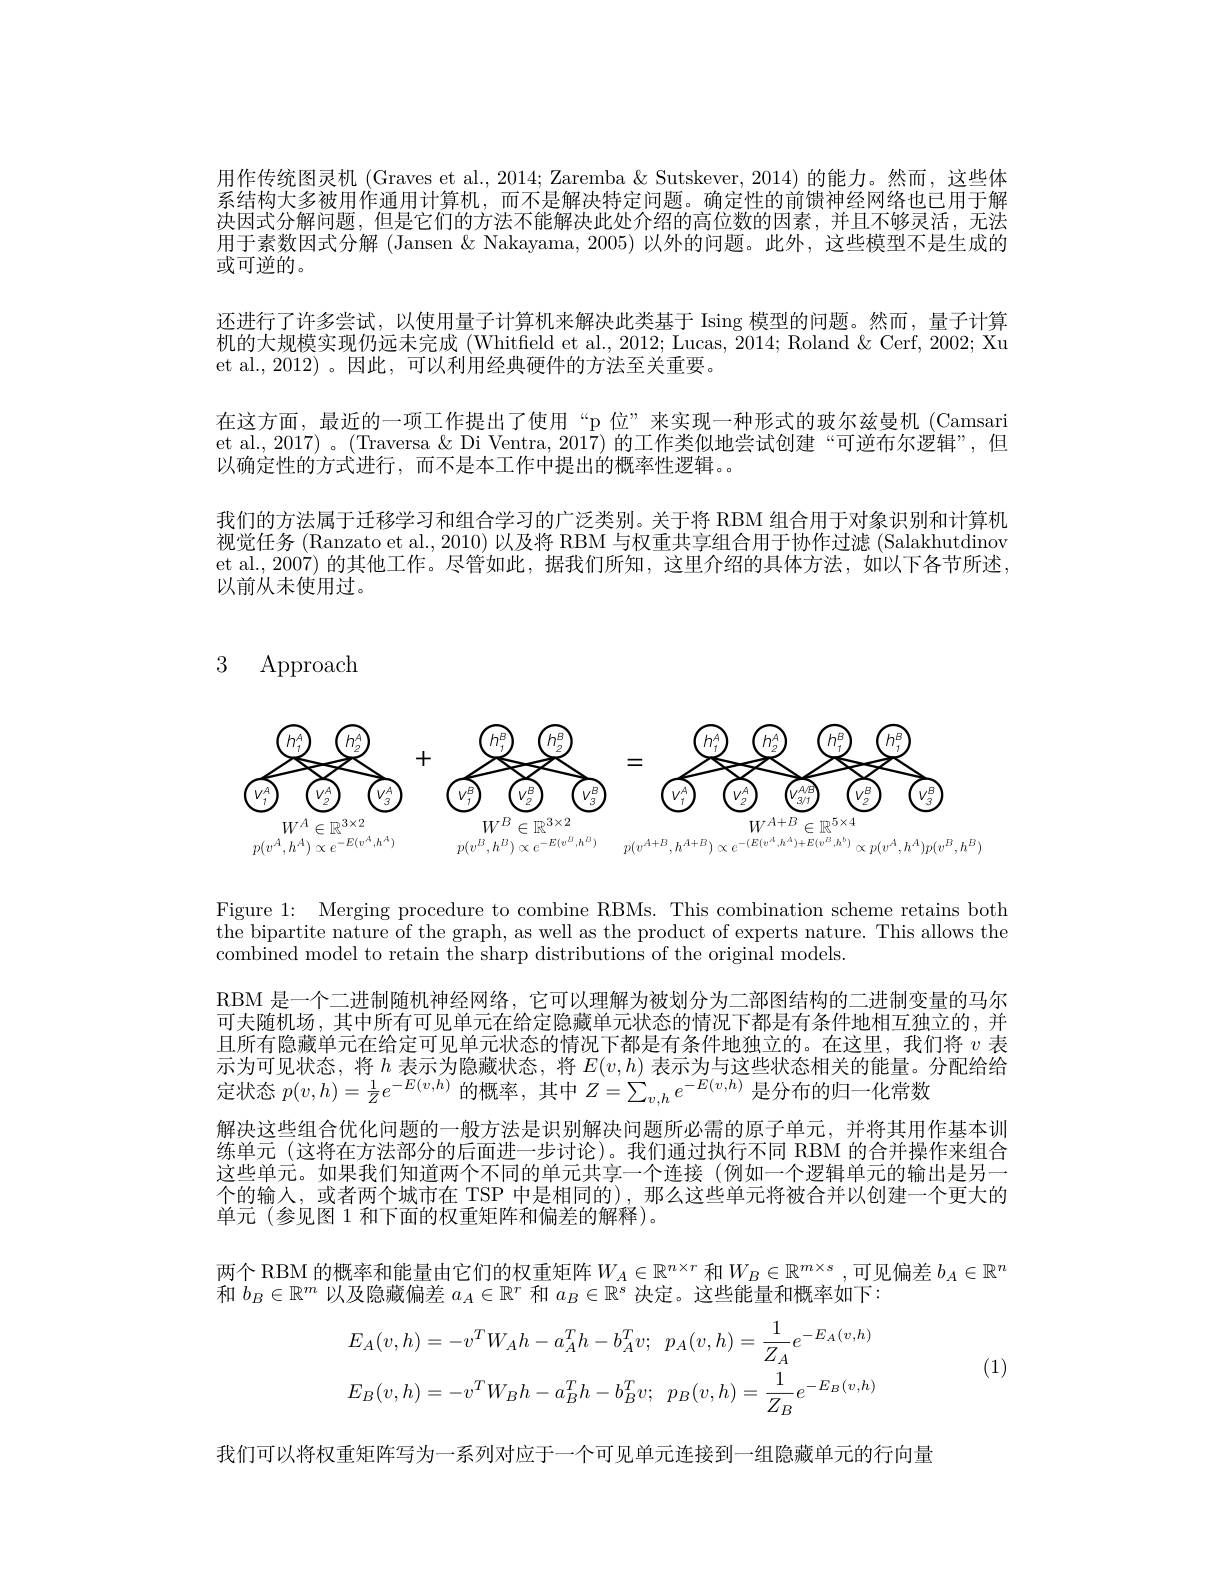
用作传统图灵机 (Graves et al., 2014; Zaremba $\&$ Sutskever, 2014) 的能力。然而，这些体系结构大多被用作通用计算机，而不是解决特定问题。确定性的前馈神经网络也已用于解决因式分解问题，但是它们的方法不能解决此处介绍的高位数的因素，并且不够灵活，无法用于素数因式分解(Jansen & Nakayama, 2005) 以外的问题。此外，这些模型不是生成的或可逆的。
还进行了许多尝试，以使用量子计算机来解决此类基于 Ising 模型的问题。然而，量子计算机的大规模实现仍远未完成 (Whitfield et al., 2012; Lucas, 2014; Roland & Cerf, 2002; Xu et al., 2012)。因此，可以利用经典硬件的方法至关重要。
在这方面，最近的一项工作提出了使用“p 位”来实现一种形式的玻尔兹曼机 (Camsari et al., 2017) 。(Traversa & Di Ventra, 2017) 的工作类似地尝试创建“可逆布尔逻辑”,但以确定性的方式进行，而不是本工作中提出的概率性逻辑。。
我们的方法属于迁移学习和组合学习的广泛类别。关于将 RBM 组合用于对象识别和计算机视觉任务 (Ranzato et al., 2010) 以及将 RBM 与权重共享组合用于协作过滤 (Salakhutdinov et al., 2007) 的其他工作。尽管如此，据我们所知，这里介绍的具体方法，如以下各节所述， 以前从未使用过。

# 3 Approach

<FigureHere>

Figure 1: Merging procedure to combine RBMs. This combination scheme retains both the bipartite nature of the graph, as well as the product of experts nature. This allows the combined model to retain the sharp distributions of the original models

RBM 是一个二进制随机神经网络，它可以理解为被划分为二部图结构的二进制变量的马尔可夫随机场，其中所有可见单元在给定隐藏单元状态的情况下都是有条件地相互独立的，并且所有隐藏单元在给定可见单元状态的情况下都是有条件地独立的。在这里，我们将$v$表示为可见状态，将$h$表示为隐藏状态，将$E(v,h)$表示为与这些状态相关的能量。分配给给定状态$p(v,h)=\frac1Ze^{-E(v,h)}$的概率，其中$Z=\sum_v,he^{-E(v,h)}$是分布的归一化常数
解决这些组合优化问题的一般方法是识别解决问题所必需的原子单元，并将其用作基本训练单元(这将在方法部分的后面进一步讨论)。我们通过执行不同 RBM 的合并操作来组合这些单元。如果我们知道两个不同的单元共享一个连接(例如一个逻辑单元的输出是另一个的输人，或者两个城市在 TSP 中是相同的),那么这些单元将被合并以创建一个更大的单元(参见图 1 和下面的权重矩阵和偏差的解释)。
两个 RBM 的概率和能量由它们的权重矩阵$W_A\in\mathbb{R}^{n\times r}$ 和$W_B\in\mathbb{R}^{m\times s}$,可见偏差 $b_A\in\mathbb{R}^n$
和$b_B\in\mathbb{R}^m$以及隐藏偏差$a_A\in\mathbb{R}^r$和$a_B\in\mathbb{R}^s$决定。这些能量和概率如下：
$$E_{A}(v,h)=-v^{T}W_{A}h-a_{A}^{T}h-b_{A}^{T}v;\:p_{A}(v,h)=\frac{1}{Z_{A}}e^{-E_{A}(v,h)}\\E_{B}(v,h)=-v^{T}W_{B}h-a_{B}^{T}h-b_{B}^{T}v;\:p_{B}(v,h)=\frac{1}{Z_{B}}e^{-E_{B}(v,h)}$$
(1)

我们可以将权重矩阵写为一系列对应于一个可见单元连接到一组隐藏单元的行向量